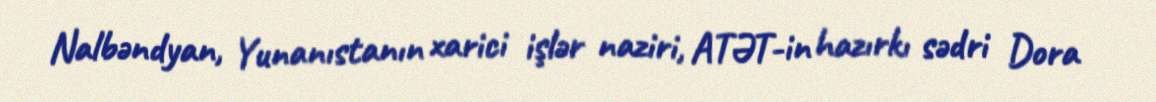
Nalbəndyan, Yunanıstanın xarici işlər naziri, ATƏT-in hazırkı sədri Dora